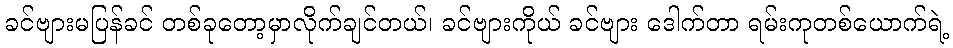
ခင်ဗျားမပြန်ခင် တစ်ခုတော့မှာလိုက်ချင်တယ်၊ ခင်ဗျားကိုယ် ခင်ဗျား ဒေါက်တာ ရမ်းကုတစ်ယောက်ရဲ့